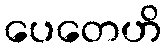
ပေတေဟိ